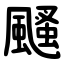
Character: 颾